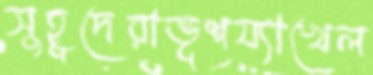
সুহূদেরাভূশয্যাখেল